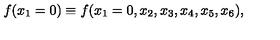
f ( x _ { 1 } = 0 ) \equiv f ( x _ { 1 } = 0 , x _ { 2 } , x _ { 3 } , x _ { 4 } , x _ { 5 } , x _ { 6 } ) ,